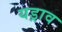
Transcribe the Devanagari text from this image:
यड्राव